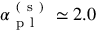
\alpha _ { \mathrm { ~ p ~ l ~ } } ^ { \mathrm { ~ ( ~ s ~ ) ~ } } \simeq 2 . 0